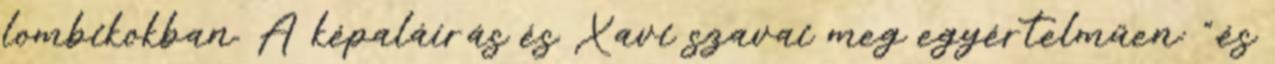
lombikokban. A képaláírás és Xavi szavai meg egyértelműen: ".és